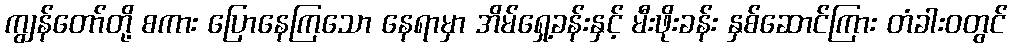
ကျွန်တော်တို့ စကား ပြောနေကြသော နေရာမှာ အိမ်ရှေ့ခန်းနှင့် မီးဖိုးခန်း နှစ်ဆောင်ကြား တံခါးဝတွင်